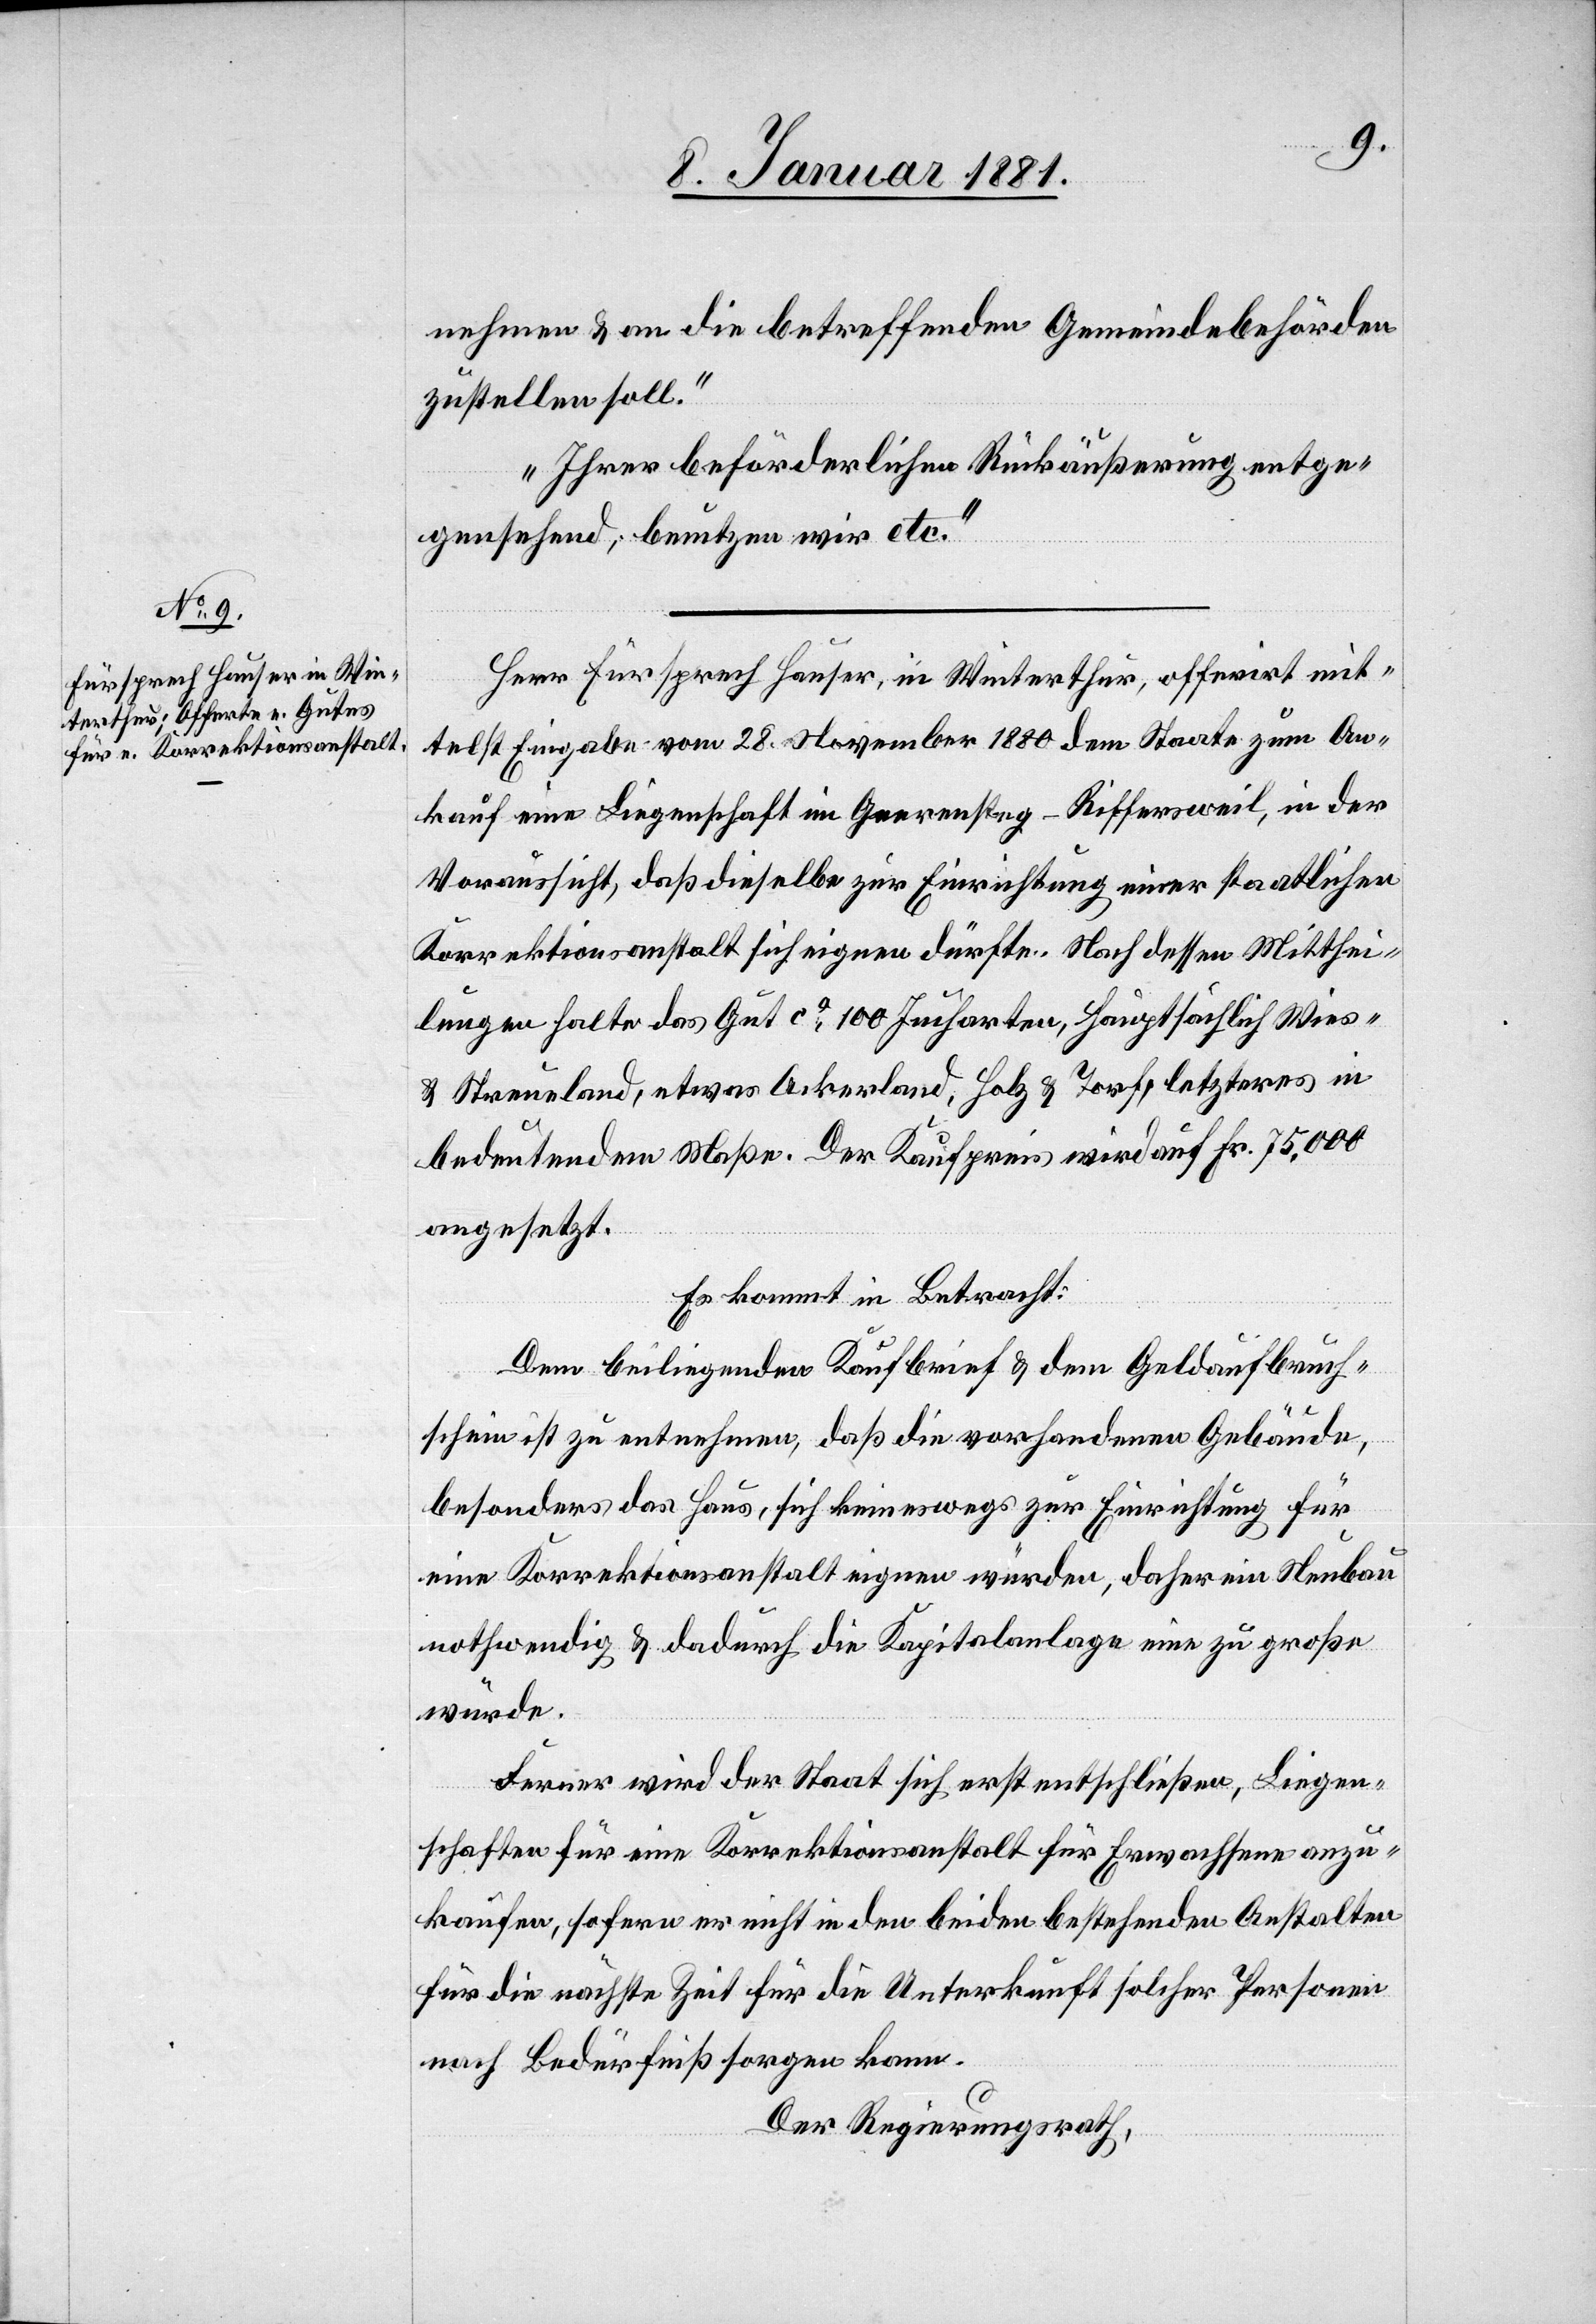
nehmen & an die betreffenden Gemeindebehörden
zustellen soll.“
„Ihrer beförderlichen Rückäußerung entge¬
genstehend, benutzen wir etc.“
Herr Fürsprech Hauser, in Winterthur, offerirt mit¬
telst Eingabe vom 28. November 1880 dem Staate zum An¬
kauf eine Liegenschaft im Geerensteg - Riffersweil, in der
Voraussicht, daß dieselbe zur Einrichtung einer staatlichen
Korrektionsanstalt sich eignen dürfte. Nach dessen Mitthei¬
lungen halte das Gut ca 100 Jucharten, hauptsächlich Wies-
& Streueland, etwas Ackerland, Holz & Torf, letzteres in
bedeutendem Maße. Der Kaufpreis wird auf Fr. 75,000
angesetzt.
Es kommt in Betracht:
Dem beiliegenden Kaufbrief & dem Geldaufbruch¬
schein ist zu entnehmen, daß die vorhandenen Gebäude,
besonders das Haus, sich keineswegs zur Einrichtung für
eine Korrektionsanstalt eigenen würden, daher ein Neubau
nothwendig & dadurch die Kapitalanlage eine zu große
würde.
Ferner wird der Staat erst entschließen, Liegen¬
schaften für eine Korrektionsanstalt für Erwachsene anzu¬
kaufen, sofern er nicht in den beiden bestehenden Anstalten
für die nächste Zeit für die Unterkunft solcher Personen
nach Bedürfniß sorgen kann.
Der Regierungsrath,